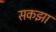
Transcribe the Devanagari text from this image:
सकझा